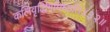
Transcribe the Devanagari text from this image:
कलिवृर्द्धिगमिष्यति॥३२॥